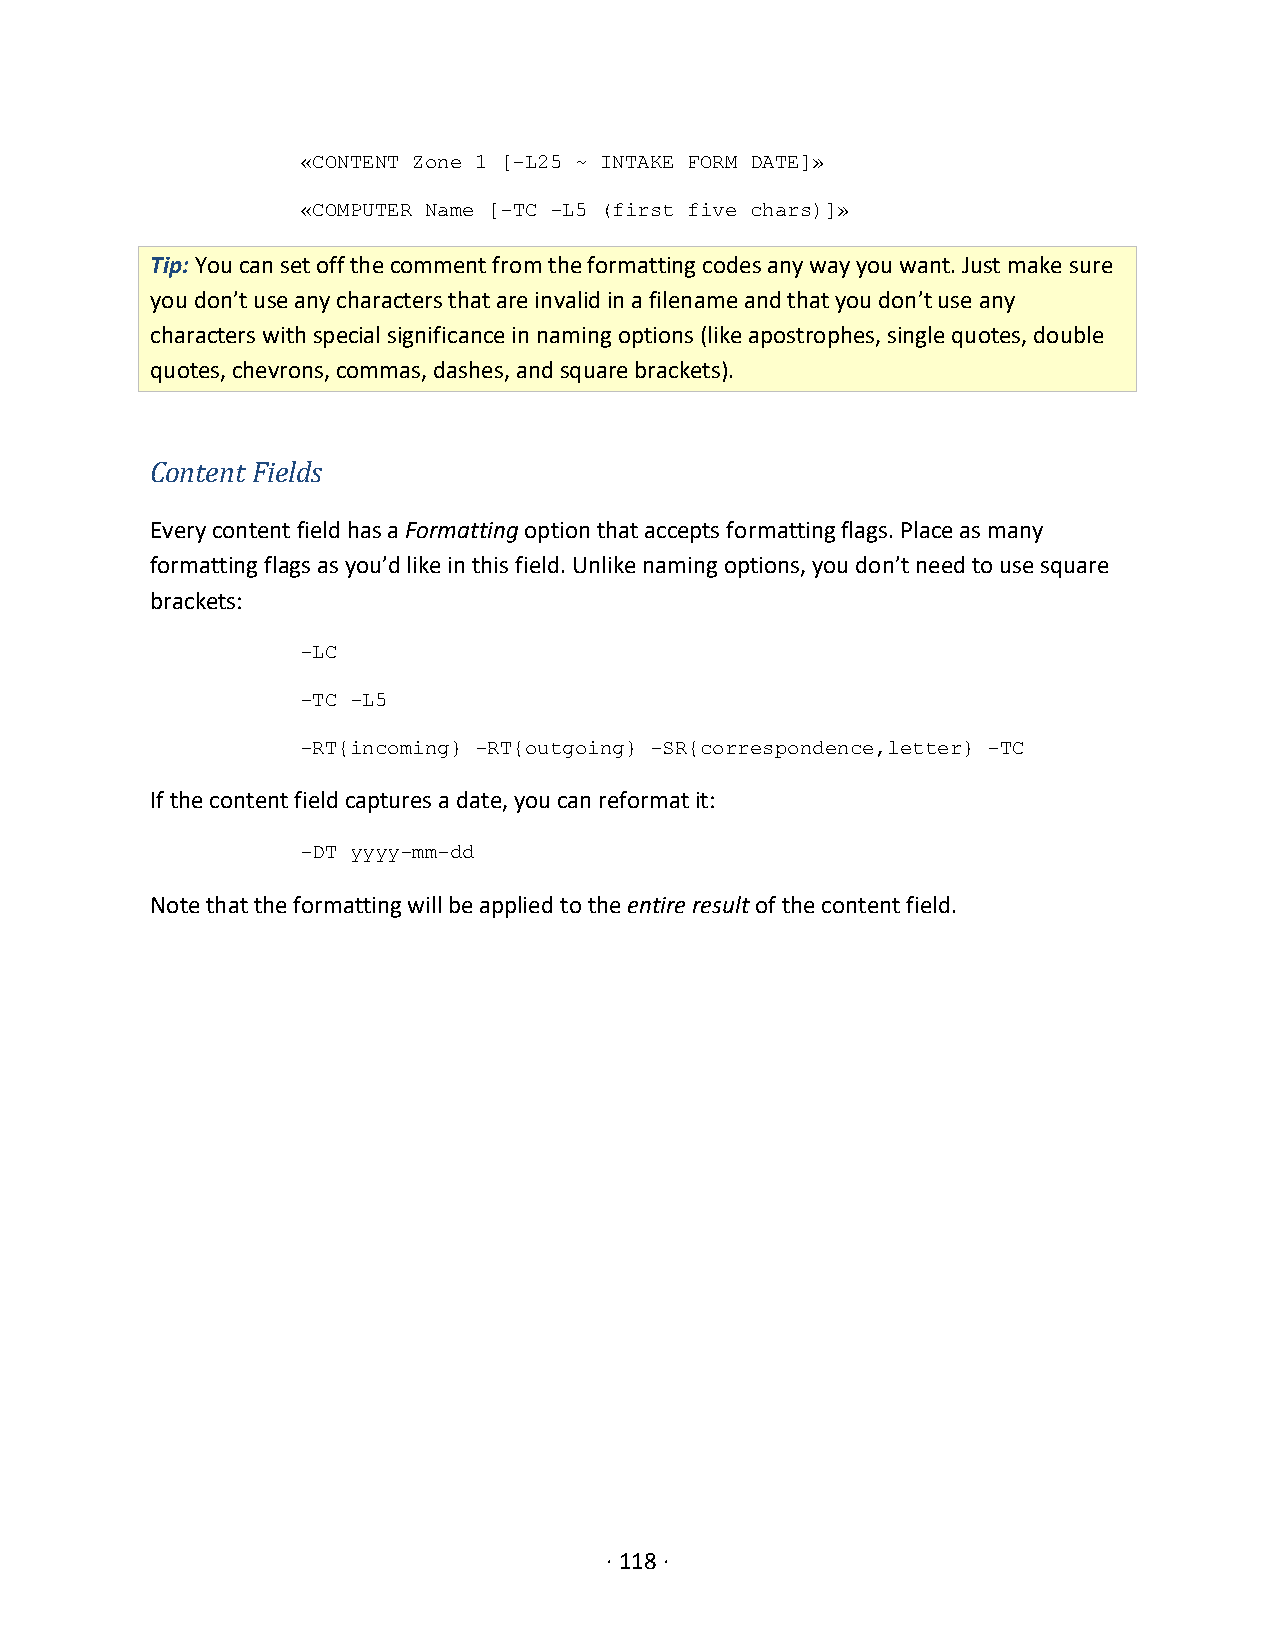
«CONTENT Zone 1 [-L25 ~ INTAKE FORM DATE]»
 «COMPUTER Name [-TC -L5 (first five chars)]»
 Tip: You can set off the comment from the formatting codes any way you want. Just make sure
 you don’t use any characters that are invalid in a filename and that you don’t use any
 characters with special significance in naming options (like apostrophes, single quotes, double
 quotes, chevrons, commas, dashes, and square brackets).
 Content Fields
 Every content field has a Formatting option that accepts formatting flags. Place as many
 formatting flags as you’d like in this field. Unlike naming options, you don’t need to use square
 brackets:
 -LC
 -TC -L5
 -RT{incoming} -RT{outgoing} -SR{correspondence,letter} -TC
 If the content field captures a date, you can reformat it:
 -DT yyyy-mm-dd
 Note that the formatting will be applied to the entire result of the content field.
 · 118 ·